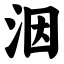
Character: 洇